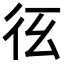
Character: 𢓎